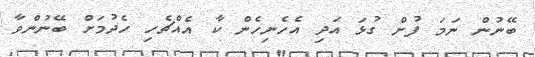
ބޭނުން ނަމަ ފުށް ގުޅަ އަދި އެހެނިހެން ކާ އެއްޗެހި ހެދުމަށް ބޭނުންވާ